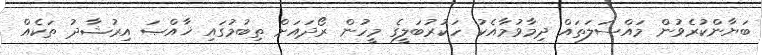
ބަޔާންކުރެވުން މައްސަލަތައް ދިމާވުމާއެކު ހަކުރުބަލީގެ މީހުން ރޯދައަށް ތިބުމުގައި ޚާއްޞަ އިރުޝާދު ތަކެއް